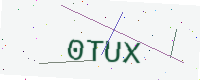
Text: 0TUX